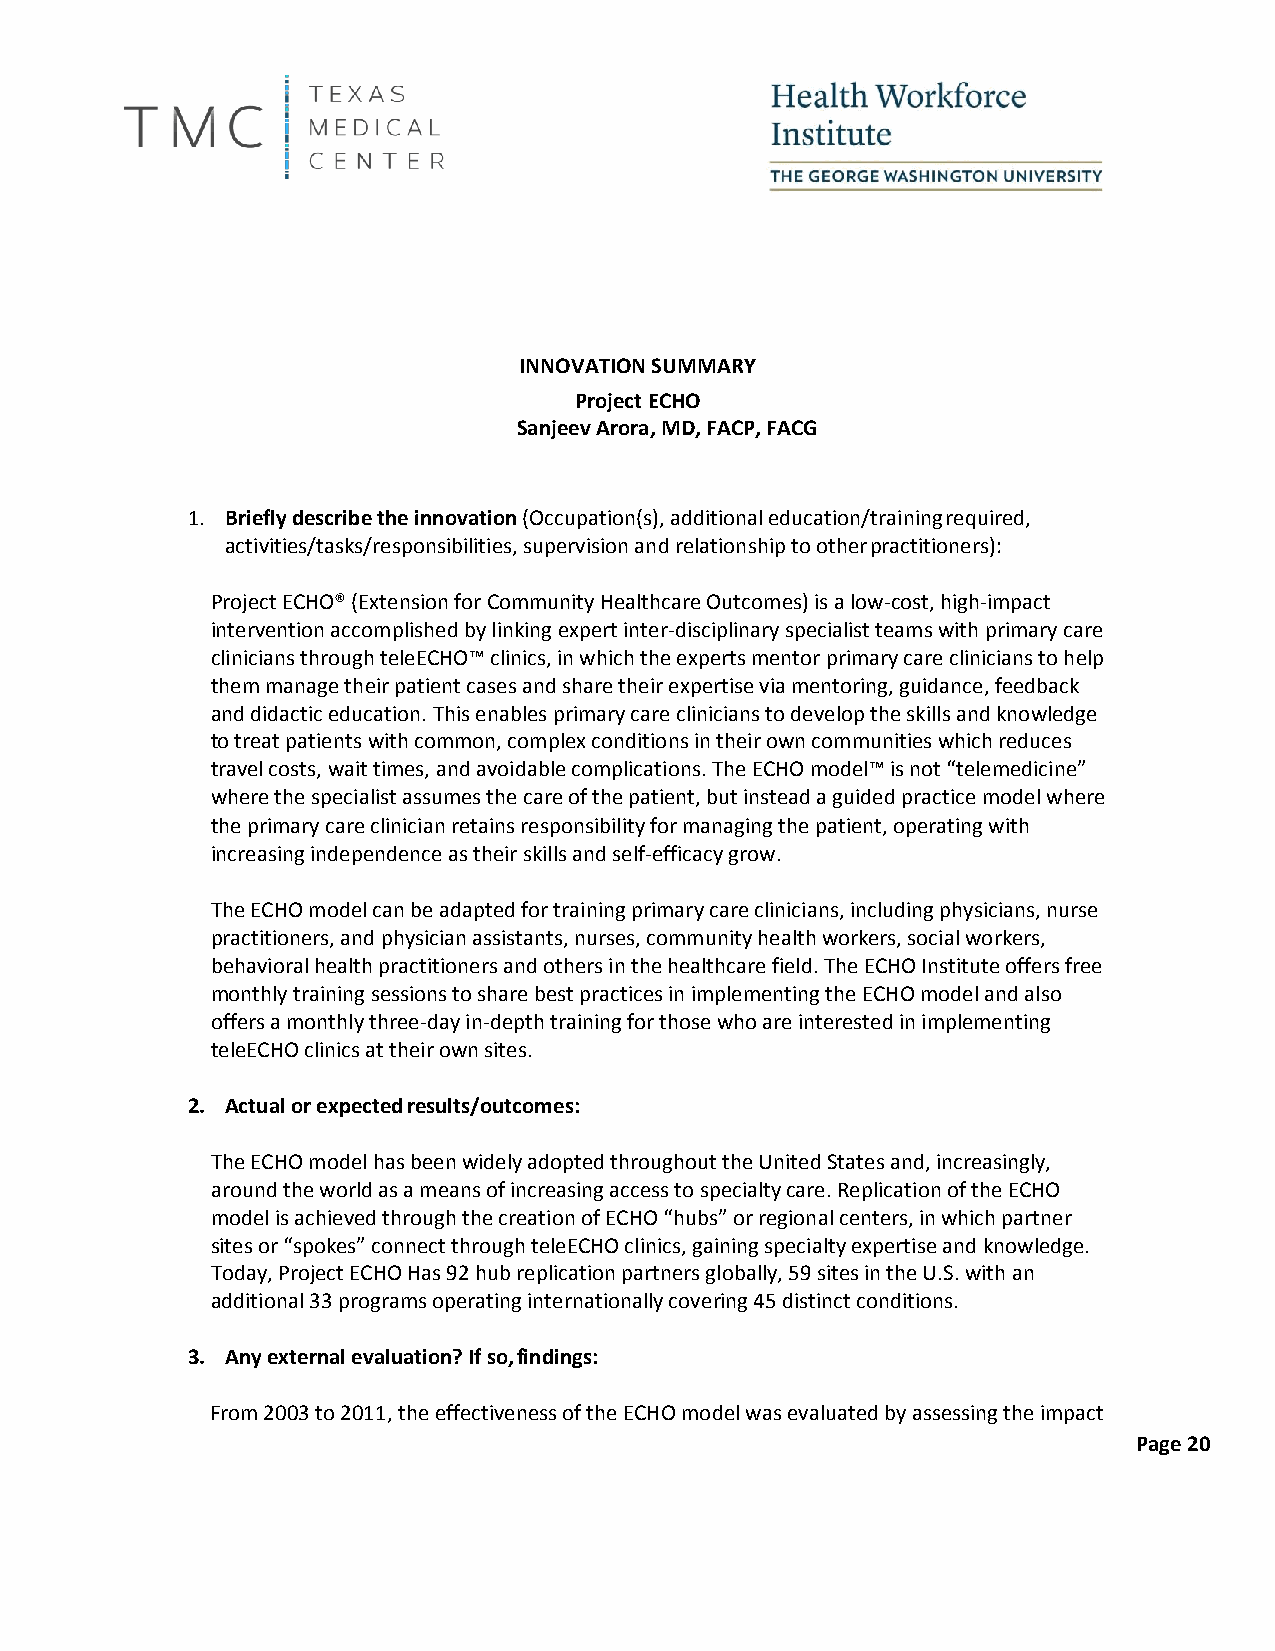
INNOVATION SUMMARY
 Project ECHO
 Sanjeev Arora, MD, FACP, FACG
 1. Briefly describe the innovation (Occupation(s), additional education/training required,
 activities/tasks/responsibilities, supervision and relationship to other practitioners):
 Project ECHO® (Extension for Community Healthcare Outcomes) is a low-cost, high-impact
 intervention accomplished by linking expert inter-disciplinary specialist teams with primary care
 clinicians through teleECHO™ clinics, in which the experts mentor primary care clinicians to help
 them manage their patient cases and share their expertise via mentoring, guidance, feedback
 and didactic education. This enables primary care clinicians to develop the skills and knowledge
 to treat patients with common, complex conditions in their own communities which reduces
 travel costs, wait times, and avoidable complications. The ECHO model™ is not “telemedicine”
 where the specialist assumes the care of the patient, but instead a guided practice model where
 the primary care clinician retains responsibility for managing the patient, operating with
 increasing independence as their skills and self-efficacy grow.
 The ECHO model can be adapted for training primary care clinicians, including physicians, nurse
 practitioners, and physician assistants, nurses, community health workers, social workers,
 behavioral health practitioners and others in the healthcare field. The ECHO Institute offers free
 monthly training sessions to share best practices in implementing the ECHO model and also
 offers a monthly three-day in-depth training for those who are interested in implementing
 teleECHO clinics at their own sites.
 2. Actual or expected results/outcomes:
 The ECHO model has been widely adopted throughout the United States and, increasingly,
 around the world as a means of increasing access to specialty care. Replication of the ECHO
 model is achieved through the creation of ECHO “hubs” or regional centers, in which partner
 sites or “spokes” connect through teleECHO clinics, gaining specialty expertise and knowledge.
 Today, Project ECHO Has 92 hub replication partners globally, 59 sites in the U.S. with an
 additional 33 programs operating internationally covering 45 distinct conditions.
 3. Any external evaluation? If so, findings:
 From 2003 to 2011, the effectiveness of the ECHO model was evaluated by assessing the impact
 Page 20